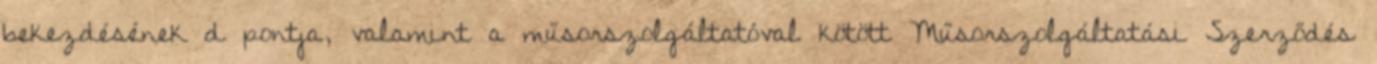
bekezdésének d pontja, valamint a műsorszolgáltatóval kötött Műsorszolgáltatási Szerződés